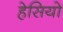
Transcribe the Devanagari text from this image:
हेसियो